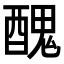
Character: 𨢄